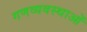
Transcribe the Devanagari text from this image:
गणव्यवस्थाओं